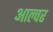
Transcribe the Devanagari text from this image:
आल्वर